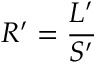
R ^ { \prime } = { \frac { L ^ { \prime } } { S ^ { \prime } } }